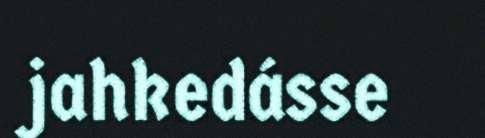
jahkedásse